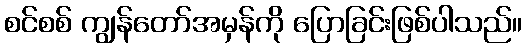
စင်စစ် ကျွန်တော်အမှန်ကို ပြောခြင်းဖြစ်ပါသည်။